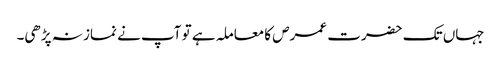
جہاں تک حضرت عمرص کا معاملہ ہے تو آپ نے نماز نہ پڑھی۔